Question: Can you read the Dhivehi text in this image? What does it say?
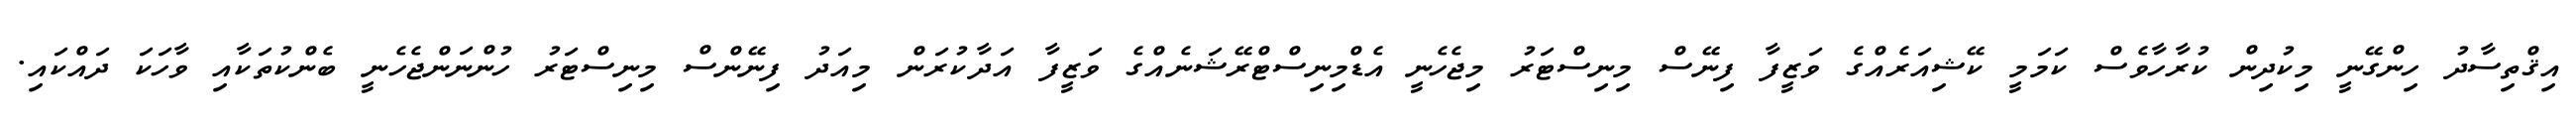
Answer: އިޤްތިސާދު ހިންގޭނީ މިކުދިން ކުރާހާވެސް ކަމަމީ ކޭޝިއަރެއްގެ ވަޒީފާ ފިނޭސް މިނިސްޓަރު މިޖެހެނީ އެޑްމިނިސްޓްރޭޝަނެއްގެ ވަޒީފާ އަދާކުރަން މިއަދު ފިނޭންސް މިނިސްޓަރު ހުންނަންޖެހެނީ ބެންކުތަކާއި ވާހަކަ ދައްކައި.